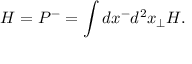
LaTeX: H = P ^ { - } = \int d x ^ { - } d ^ { 2 } x _ { \bot } { \cal H } .